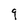
Character: 9